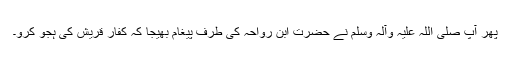
پھر آپ صلی اللہ علیہ وآلہ وسلم نے حضرت ابن رواحہ کی طرف پیغام بھیجا کہ کفار قریش کی ہجو کرو۔